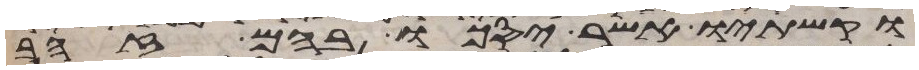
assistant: וקשתיו אשר יסכו בהם זהב